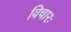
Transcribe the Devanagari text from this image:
विचारः